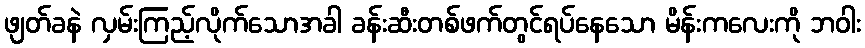
ဖျတ်ခနဲ လှမ်းကြည့်လိုက်သောအခါ ခန်းဆီးတစ်ဖက်တွင်ရပ်နေသော မိန်းကလေးကို ဘဝါး